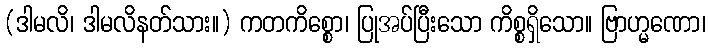
(ဒါမလိ၊ ဒါမလိနတ်သား။) ကတကိစ္စော၊ ပြုအပ်ပြီးသော ကိစ္စရှိသော။ ဗြာဟ္မဏော၊